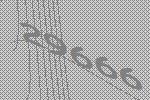
29666